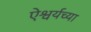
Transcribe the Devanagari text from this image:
ऐश्वर्यच्या